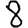
Digit: 8